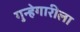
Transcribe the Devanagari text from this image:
गुन्हेगारीला